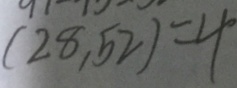
( 2 8 , 5 2 ) = 4